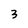
Character: 3